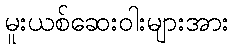
မူးယစ်ဆေးဝါးများအား